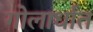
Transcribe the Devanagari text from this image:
गोलार्धांत